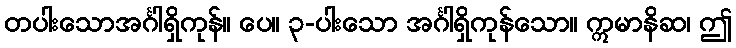
တပါးသောအင်္ဂါရှိကုန်။ ပေ။ ၃-ပါးသော အင်္ဂါရှိကုန်သော။ ဣမာနိဆ၊ ဤ